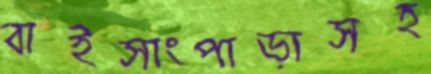
বাইসাংপাড়াসহ